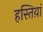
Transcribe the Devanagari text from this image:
हस्तिय़ां